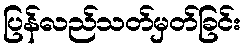
ပြန်လည်သတ်မှတ်ခြင်း